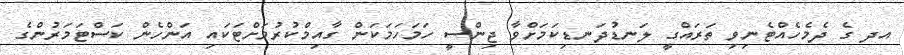
އދ ގެ ދެމެހެއްޓެނިވި ތަރައްގީ ލަނޑުދަނޑިކަމަށްވާ ޖިންސީ ހަމަހަމަކަން ގާއިމްކުރުމަށްޓަކައި އަންހެން ކަސްޓަމަރުންގެ